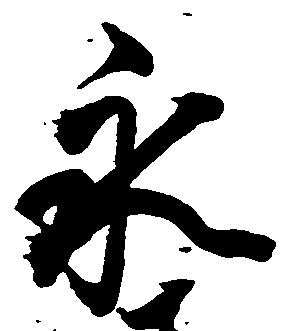
永